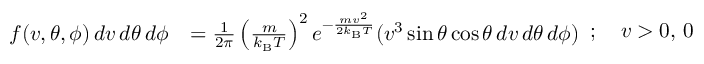
{ \begin{array} { r l } { f ( v , \theta , \phi ) \, d v \, d \theta \, d \phi } & { = { \frac { 1 } { 2 \pi } } \left( { \frac { m } { k _ { \mathrm { B } } T } } \right) ^ { 2 } e ^ { - { \frac { m v ^ { 2 } } { 2 k _ { \mathrm { B } } T } } } ( v ^ { 3 } \sin { \theta } \cos { \theta } \, d v \, d \theta \, d \phi ) } \end{array} } ; \quad v > 0 , \, 0